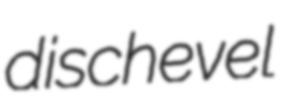
dischevel